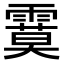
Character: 𩄻